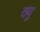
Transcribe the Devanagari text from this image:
ख्यु